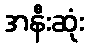
အနီးဆုံး